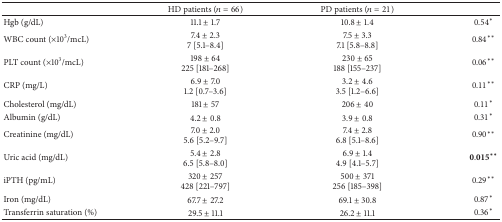
<table><thead><tr><td><b> </b></td><td><b>HD patients (<i>n</i> = 66)</b></td><td><b>PD patients (<i>n</i> = 21)</b></td><td><b> </b></td></tr></thead><tbody><tr><td>Hgb (g/dL)</td><td>11.1 ± 1.7</td><td>10.8 ± 1.4</td><td>0.54<sup><i>∗</i></sup></td></tr><tr><td>WBC count (×10<sup>3</sup>/mcL)</td><td>7.4 ± 2.37 [5.1–8.4]</td><td>7.5 ± 3.37.1 [5.8–8.8]</td><td>0.84<sup><i>∗∗</i></sup></td></tr><tr><td>PLT count (×10<sup>3</sup>/mcL)</td><td>198 ± 64225 [181–268]</td><td>230 ± 65188 [155–237]</td><td>0.06<sup><i>∗∗</i></sup></td></tr><tr><td>CRP (mg/L)</td><td>6.9 ± 7.01.2 [0.7–3.6]</td><td>3.2 ± 4.63.5 [1.2–6.6]</td><td>0.11<sup><i>∗∗</i></sup></td></tr><tr><td>Cholesterol (mg/dL)</td><td>181 ± 57</td><td>206 ± 40</td><td>0.11<sup><i>∗</i></sup></td></tr><tr><td>Albumin (g/dL)</td><td>4.2 ± 0.8</td><td>3.9 ± 0.8</td><td>0.31<sup><i>∗</i></sup></td></tr><tr><td>Creatinine (mg/dL)</td><td>7.0 ± 2.05.6 [5.2–9.7]</td><td>7.4 ± 2.86.8 [5.1–8.6]</td><td>0.90<sup><i>∗∗</i></sup></td></tr><tr><td>Uric acid (mg/dL)</td><td>5.4 ± 2.86.5 [5.8–8.0]</td><td>6.9 ± 1.44.9 [4.1–5.7]</td><td>0.015<sup><b>∗</b><b>∗</b></sup></td></tr><tr><td>iPTH (pg/mL)</td><td>320 ± 257428 [221–797]</td><td>500 ± 371256 [185–398]</td><td>0.29<sup><i>∗∗</i></sup></td></tr><tr><td>Iron (mg/dL)</td><td>67.7 ± 27.2</td><td>69.1 ± 30.8</td><td>0.87<sup><i>∗</i></sup></td></tr><tr><td>Transferrin saturation (%)</td><td>29.5 ± 11.1</td><td>26.2 ± 11.1</td><td>0.36<sup><i>∗</i></sup></td></tr></tbody></table>